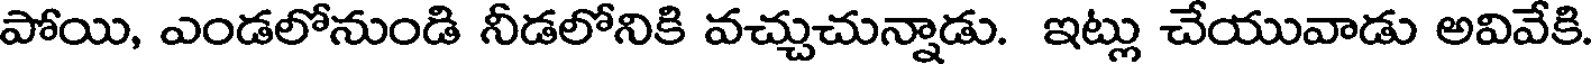
పోయి, ఎండలోనుండి నీడలోనికి వచ్చుచున్నాడు. ఇట్లు చేయువాడు అవివేకి